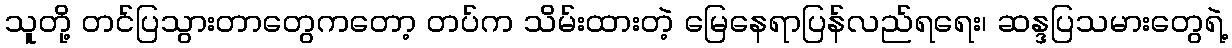
သူတို့ တင်ပြသွားတာတွေကတော့ တပ်က သိမ်းထားတဲ့ မြေနေရာပြန်လည်ရရေး၊ ဆန္ဒပြသမားတွေရဲ့